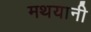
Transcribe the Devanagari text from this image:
मथयानी